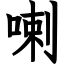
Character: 喇